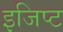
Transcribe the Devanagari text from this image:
इजिप्‍ट